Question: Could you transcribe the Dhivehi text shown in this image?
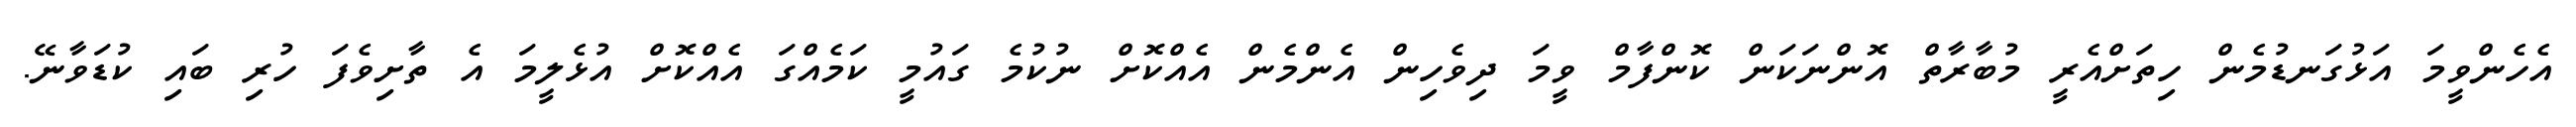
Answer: އެހެންވީމަ އަޅުގަނޑުމެން ހިތަށްއެރީ މުބާރާތް އޮންނަކަން ކޮންފާމް ވީމަ ދިވެހިން އެންމެން އެއްކޮށް ނުކުމެ ގައުމީ ކަމެއްގަ އެއްކޮށް އުޅެލީމަ އެ ތާށިވެފަ ހުރި ބައި ކުޑަވާނޭ.